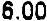
6.00